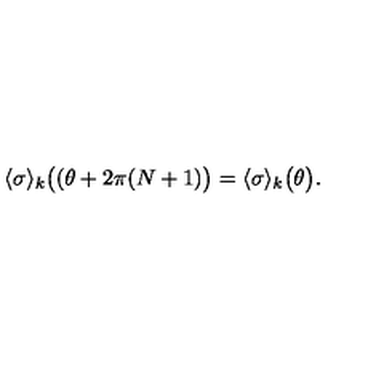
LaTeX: \langle \sigma \rangle _ { k } \bigl ( ( \theta + 2 \pi ( N + 1 ) \bigr ) = \langle \sigma \rangle _ { k } \bigl ( \theta \bigr ) .